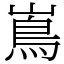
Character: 嶌